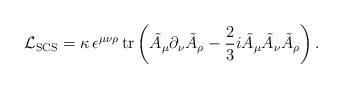
LaTeX: \begin{align*} {\cal L}_{\rm SCS} = \kappa \, \epsilon^{\mu\nu\rho}\, {\rm tr} \left( \tilde{A}_\mu \partial_\nu \tilde{A}_\rho - \frac23 i \tilde{A}_\mu \tilde{A}_\nu \tilde{A}_\rho \right).\end{align*}